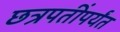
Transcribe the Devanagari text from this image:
छत्रपतींपर्यंत